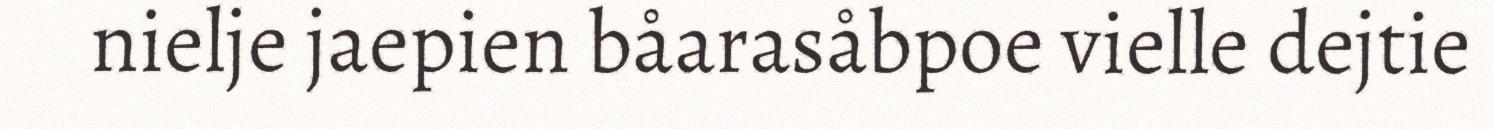
nielje jaepien båarasåbpoe vielle dejtie